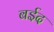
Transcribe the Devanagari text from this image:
बईद